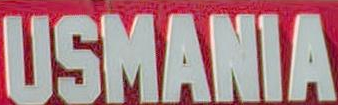
USMANIA